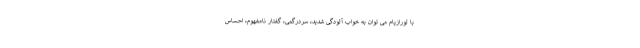
با لورازپام می توان به خواب آلودگی شدید، سردرگمی، گفتار نامفهوم، احساس